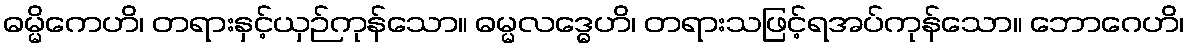
ဓမ္မိကေဟိ၊ တရားနှင့်ယှဉ်ကုန်သော။ ဓမ္မလဒ္ဓေဟိ၊ တရားသဖြင့်ရအပ်ကုန်သော။ ဘောဂေဟိ၊